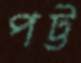
পট্ট